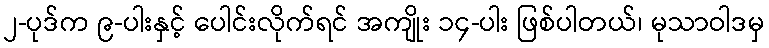
၂-ပုဒ်က ၉-ပါးနှင့် ပေါင်းလိုက်ရင် အကျိုး ၁၄-ပါး ဖြစ်ပါတယ်၊ မုသာဝါဒမှ